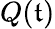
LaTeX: Q(\mathfrak{t})